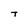
Character: T